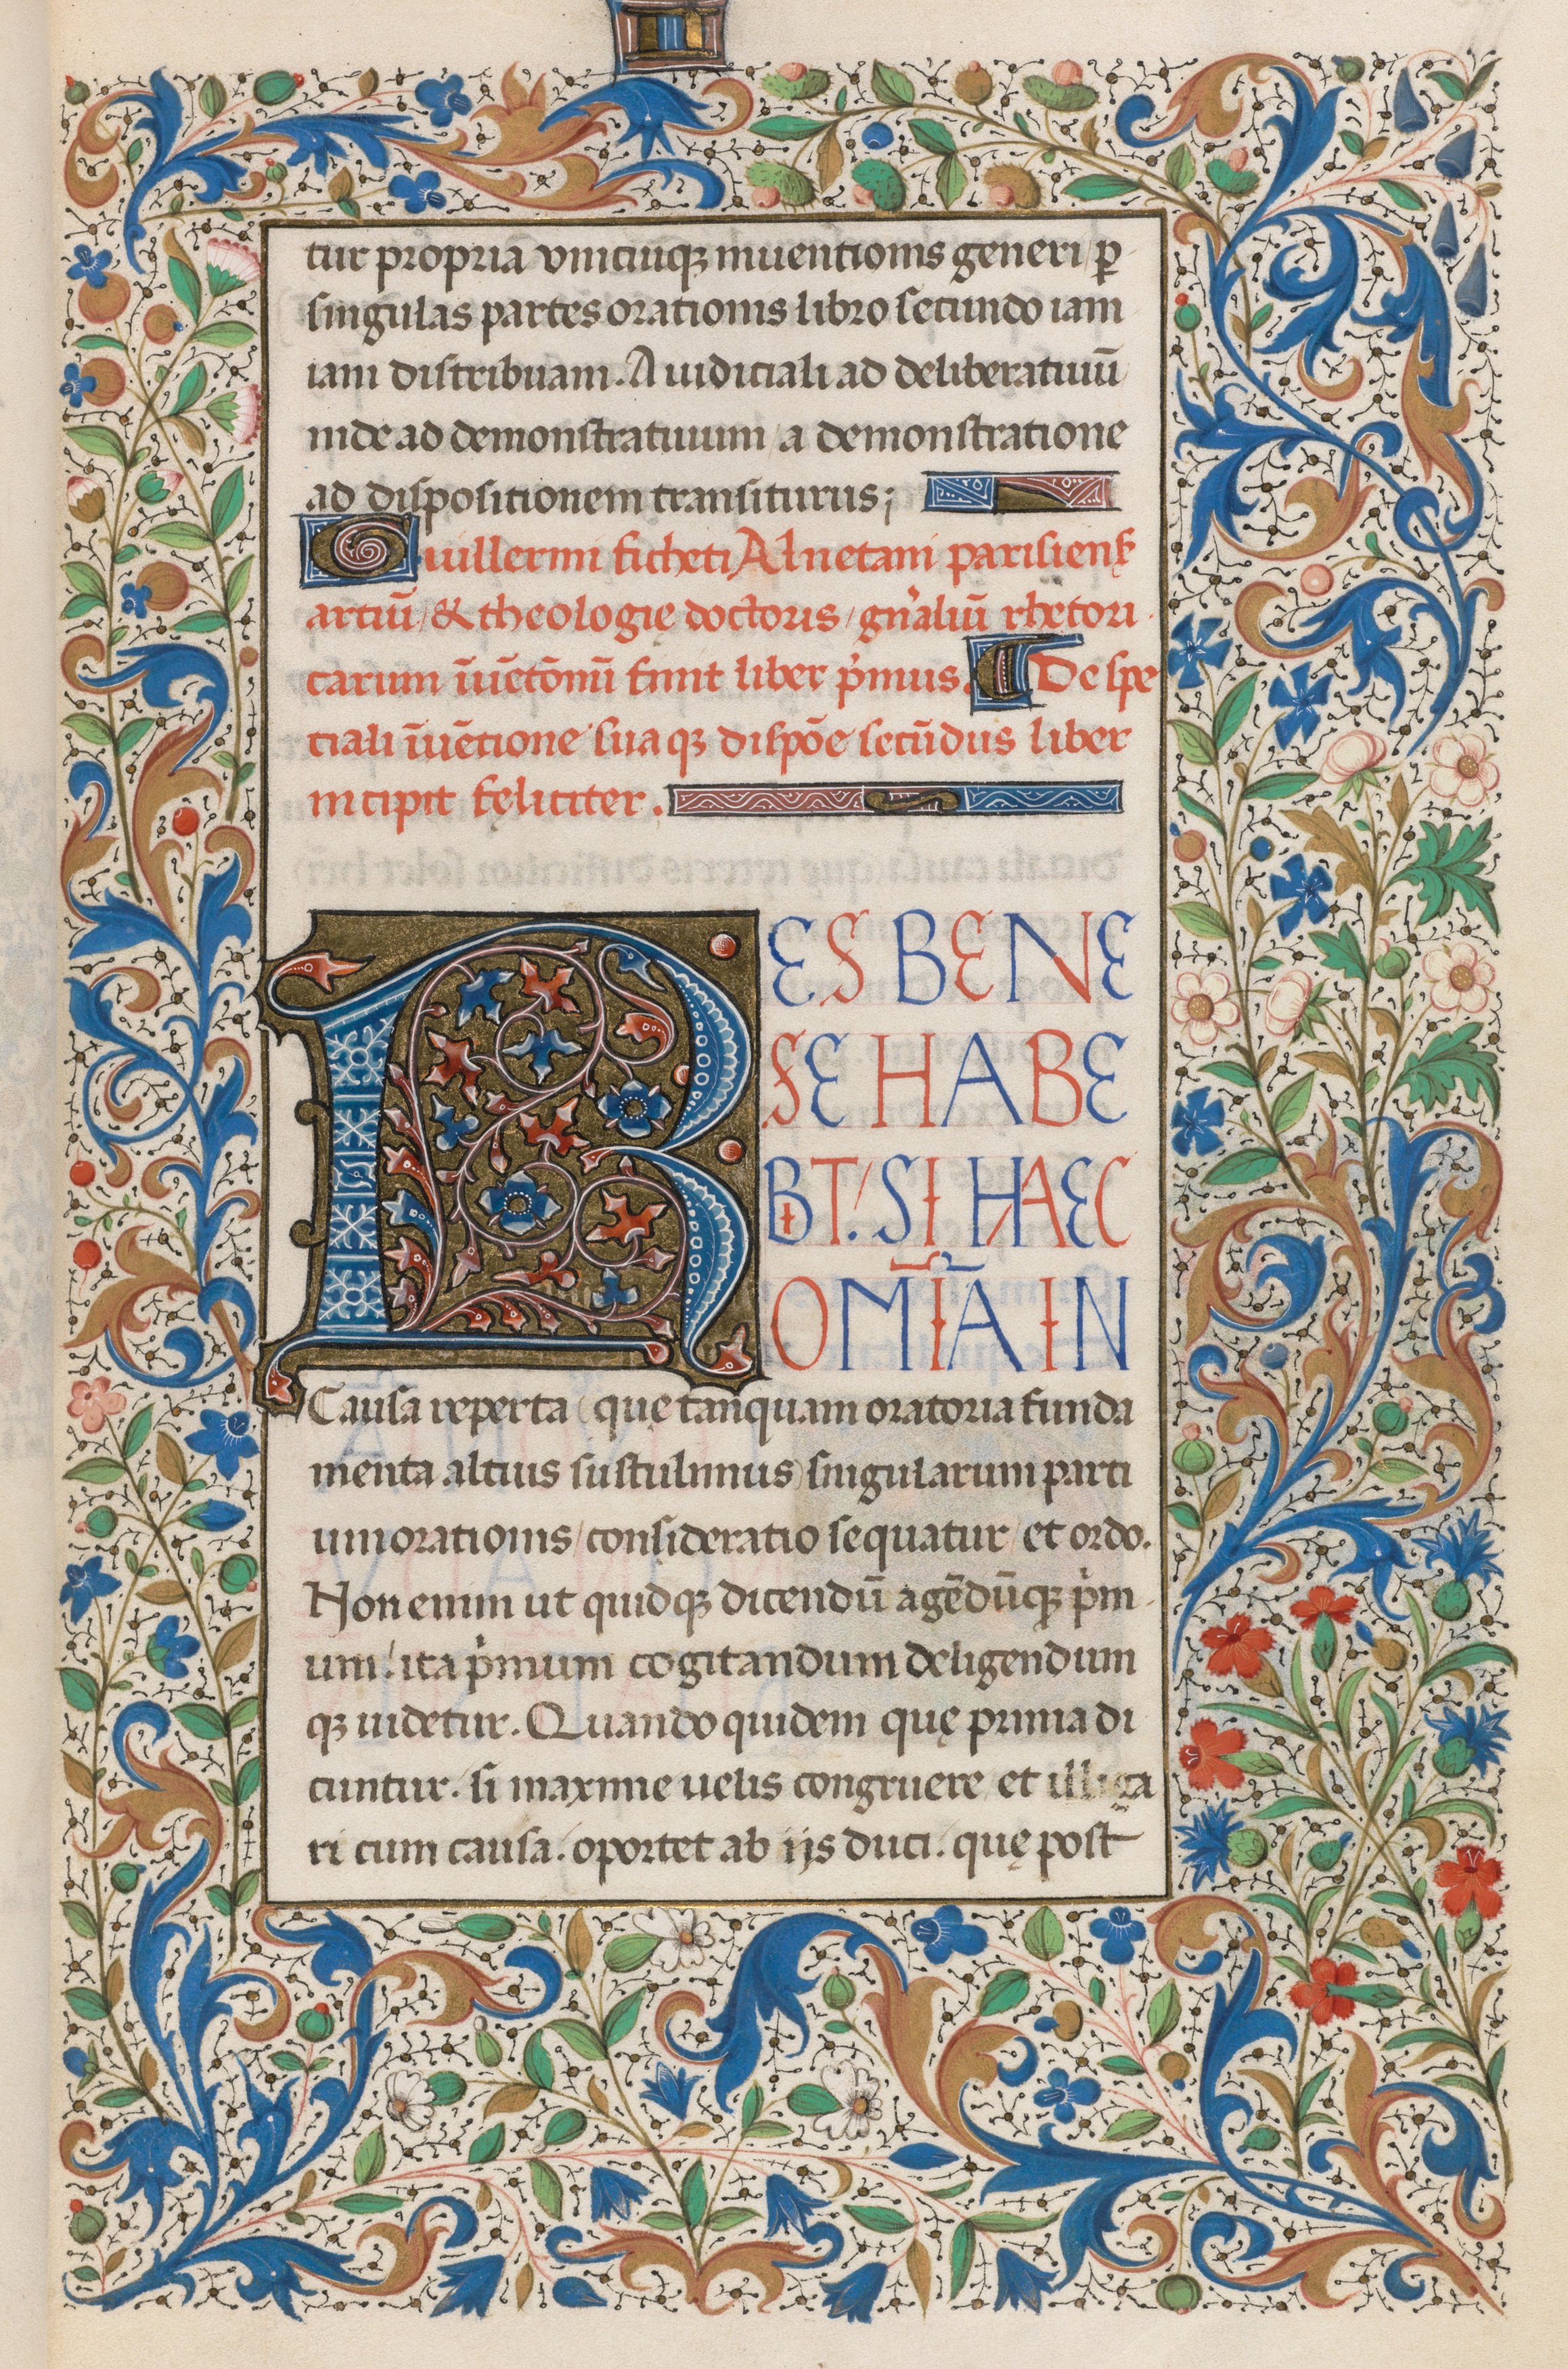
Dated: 1471–1471